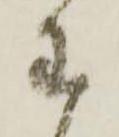
わ